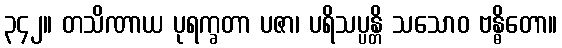
၃၄၂။ တသိဏာယ ပုရက္ခတာ ပဇာ၊ ပရိသပ္ပန္တိ သသောဝ ဗန္ဓိတော။